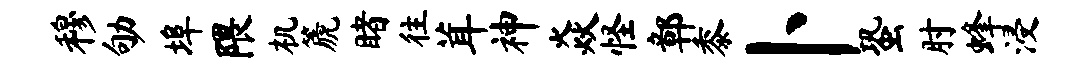
穆劬埠隈机篪睹往茸神焱怪鄣黍卜蛩肘蜂浸